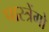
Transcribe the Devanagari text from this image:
पास्त्रेंगो